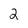
Character: 2